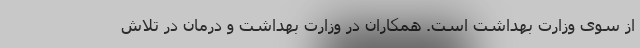
از سوی وزارت بهداشت است. همکاران در وزارت بهداشت و درمان در تلاش